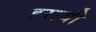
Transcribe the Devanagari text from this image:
हरायी